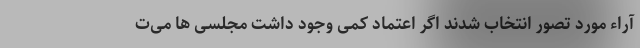
آراء مورد تصور انتخاب شدند اگر اعتماد کمی وجود داشت مجلسی ها می‌ت